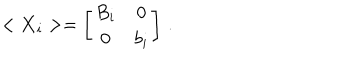
LaTeX: < { \bf X } _ { i } > = \left[ \begin{array} { c c } { { B _ { i } } } & { { 0 } } \\ { { 0 } } & { { b _ { i } } } \\ \end{array} \right] \, .